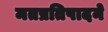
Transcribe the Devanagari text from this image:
मतप्रतिपादने